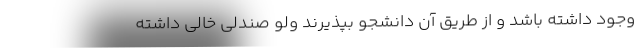
وجود داشته باشد و از طریق آن دانشجو بپذیرند ولو صندلی خالی داشته